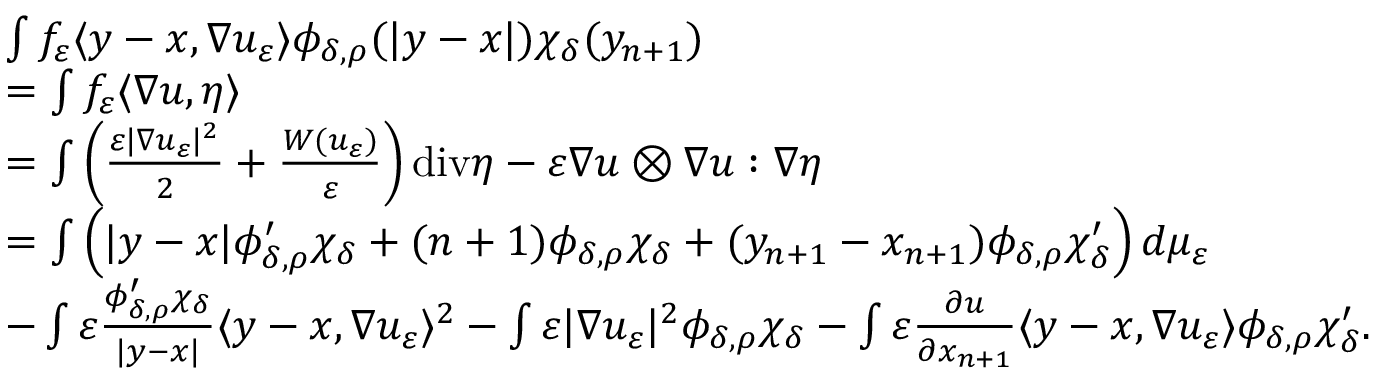
\begin{array} { r l } & { \int f _ { \varepsilon } \langle y - x , \nabla u _ { \varepsilon } \rangle \phi _ { \delta , \rho } ( | y - x | ) \chi _ { \delta } ( y _ { n + 1 } ) } \\ & { = \int f _ { \varepsilon } \langle \nabla u , \eta \rangle } \\ & { = \int \left( \frac { \varepsilon | \nabla u _ { \varepsilon } | ^ { 2 } } { 2 } + \frac { W ( u _ { \varepsilon } ) } { \varepsilon } \right) \mathrm { d i v } \eta - \varepsilon \nabla u \otimes \nabla u : \nabla \eta } \\ & { = \int \left( | y - x | \phi _ { \delta , \rho } ^ { \prime } \chi _ { \delta } + ( n + 1 ) \phi _ { \delta , \rho } \chi _ { \delta } + ( y _ { n + 1 } - x _ { n + 1 } ) \phi _ { \delta , \rho } \chi _ { \delta } ^ { \prime } \right) d \mu _ { \varepsilon } } \\ & { - \int \varepsilon \frac { \phi _ { \delta , \rho } ^ { \prime } \chi _ { \delta } } { | y - x | } \langle y - x , \nabla u _ { \varepsilon } \rangle ^ { 2 } - \int \varepsilon | \nabla u _ { \varepsilon } | ^ { 2 } \phi _ { \delta , \rho } \chi _ { \delta } - \int \varepsilon \frac { \partial u } { \partial x _ { n + 1 } } \langle y - x , \nabla u _ { \varepsilon } \rangle \phi _ { \delta , \rho } \chi _ { \delta } ^ { \prime } . } \end{array}